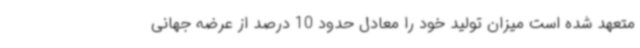
متعهد شده است میزان تولید خود را معادل حدود 10 درصد از عرضه جهانی